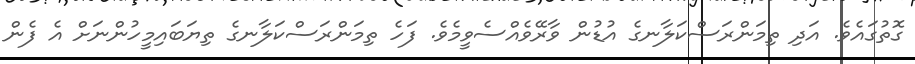
ގޮތުގައެވެ. އަދި ތިމަންރަސްކަލާނގެ އުޑުން ވާރޭވެއްސެވީމެވެ. ފަހެ ތިމަންރަސްކަލާނގެ ތިޔަބައިމީހުންނަށް އެ ފެން